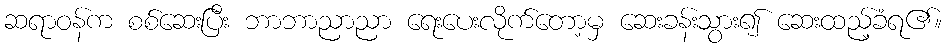
ဆရာဝန်က စစ်ဆေးပြီး ဘာဘာညာညာ ရေးပေးလိုက်တော့မှ ဆေးခန်းသွား၍ ဆေးထည့်ခံရ၏။